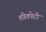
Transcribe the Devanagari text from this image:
शीतपेटी